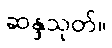
ဆန္ဒသုတ်။